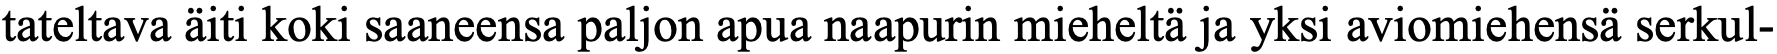
tateltava äiti koki saaneensa paljon apua naapurin mieheltä ja yksi aviomiehensä serkul-